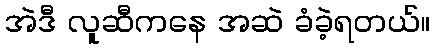
အဲဒီ လူဆီကနေ အဆဲ ခံခဲ့ရတယ်။